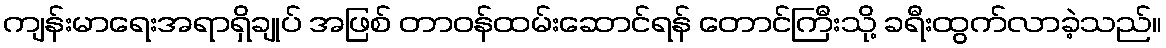
ကျန်းမာရေးအရာရှိချုပ် အဖြစ် တာဝန်ထမ်းဆောင်ရန် တောင်ကြီးသို့ ခရီးထွက်လာခဲ့သည်။